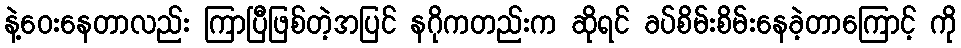
နဲ့ဝေးနေတာလည်း ကြာပြီဖြစ်တဲ့အပြင် နဂိုကတည်းက ဆိုရင် ခပ်စိမ်းစိမ်းနေခဲ့တာကြောင့် ကို